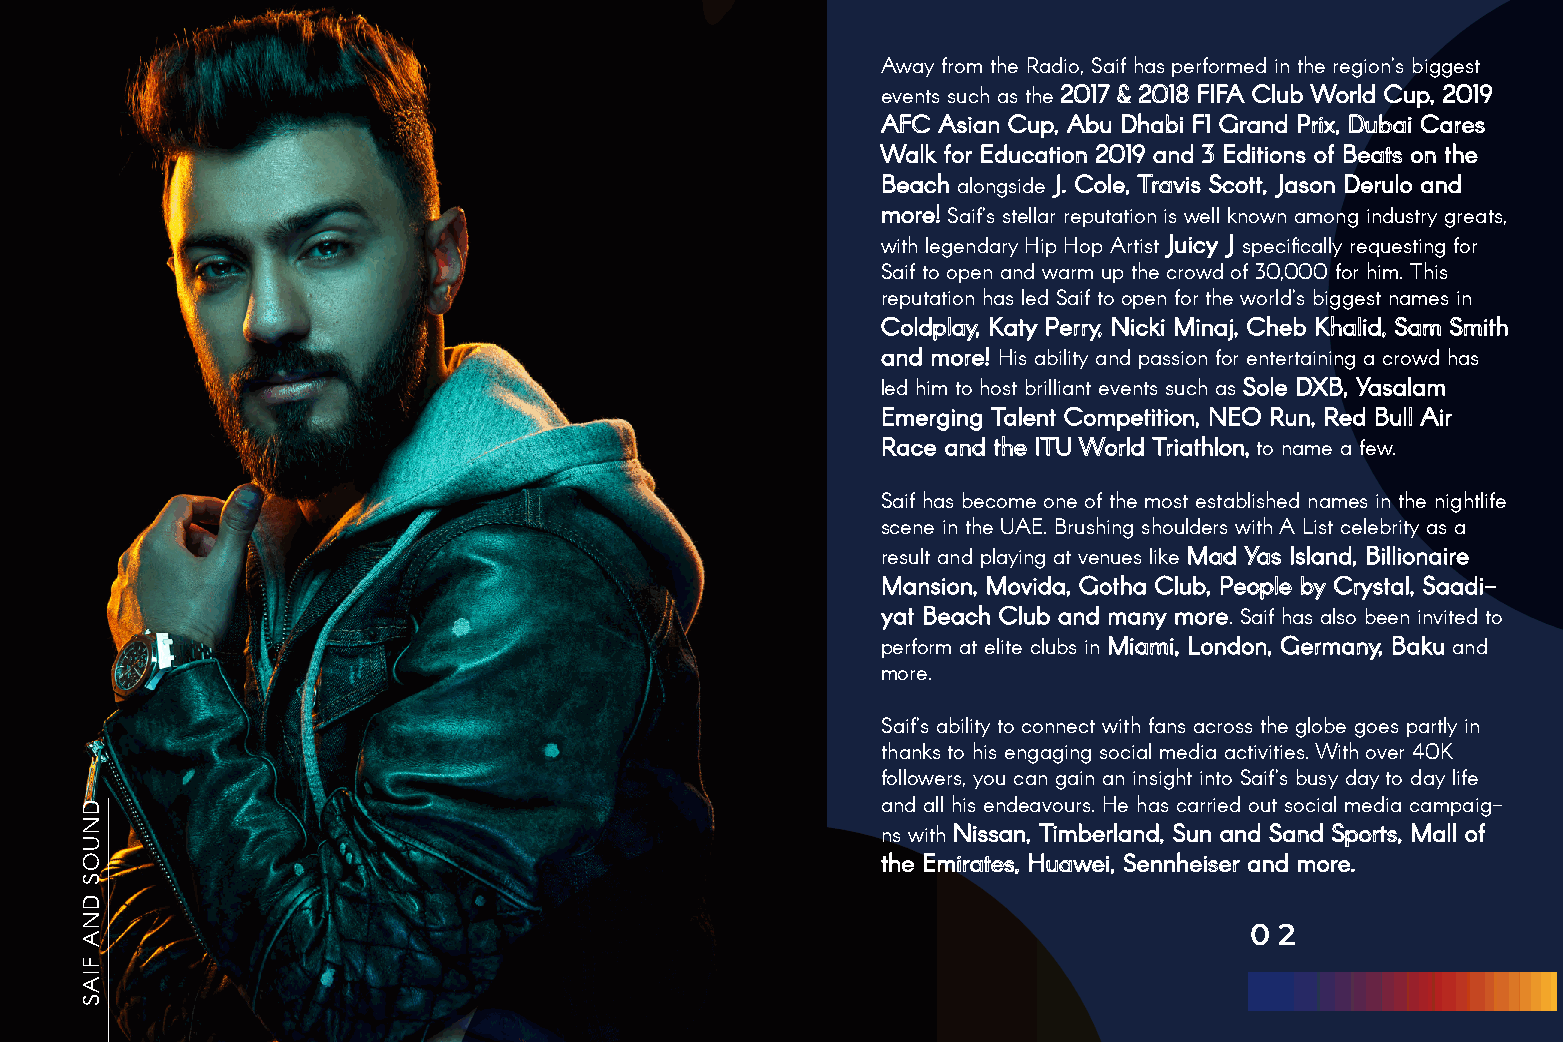
Away from the Radio, Saif has performed in the region’s biggest
 events such as the 2017 & 2018 FIFA Club World Cup, 2019
 AFC Asian Cup, Abu Dhabi F1 Grand Prix, Dubai Cares
 Walk for Education 2019 and 3 Editions of Beats on the
 Beach alongside J. Cole, Travis Scott, Jason Derulo and
 more! Saif’s stellar reputation is well known among industry greats,
 with legendary Hip Hop Artist Juicy J specifically requesting for
 Saif to open and warm up the crowd of 30,000 for him. This
 reputation has led Saif to open for the world’s biggest names in
 Coldplay, Katy Perry, Nicki Minaj, Cheb Khalid, Sam Smith
 and more! His ability and passion for entertaining a crowd has
 led him to host brilliant events such as Sole DXB, Yasalam
 Emerging Talent Competition, NEO Run, Red Bull Air
 Race and the ITU World Triathlon, to name a few.
 Saif has become one of the most established names in the nightlife
 scene in the UAE. Brushing shoulders with A List celebrity as a
 result and playing at venues like Mad Yas Island, Billionaire
 Mansion, Movida, Gotha Club, People by Crystal, Saadi-
 yat Beach Club and many more. Saif has also been invited to
 perform at elite clubs in Miami, London, Germany, Baku and
 more.
 Saif’s ability to connect with fans across the globe goes partly in
 thanks to his engaging social media activities. With over 40K
 followers, you can gain an insight into Saif’s busy day to day life
 and all his endeavours. He has carried out social media campaig-
 ns with Nissan, Timberland, Sun and Sand Sports, Mall of
 the Emirates, Huawei, Sennheiser and more.
 0 2
 DNUOS
 DNA
 FIAS